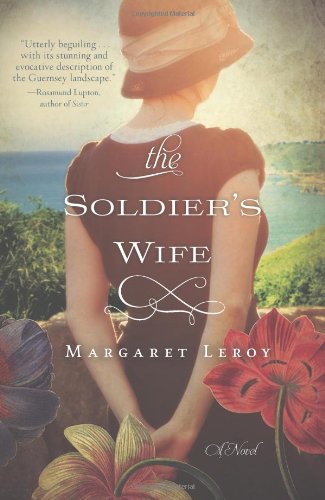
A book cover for The Soldier's Wife; Margaret Leroy; Romance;